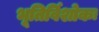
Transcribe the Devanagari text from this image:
भूतिर्विशोकः